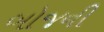
બોજની